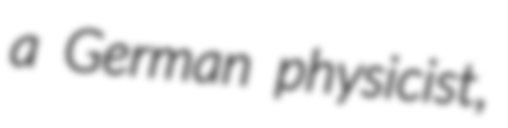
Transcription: a German physicist,